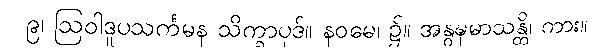
၉၊ ဩဝါဒူပသင်္ကမန သိက္ခာပုဒ်။ နဝမေ၊ ၌။ အနွဍ္ဎမာသန္တိ၊ ကား။